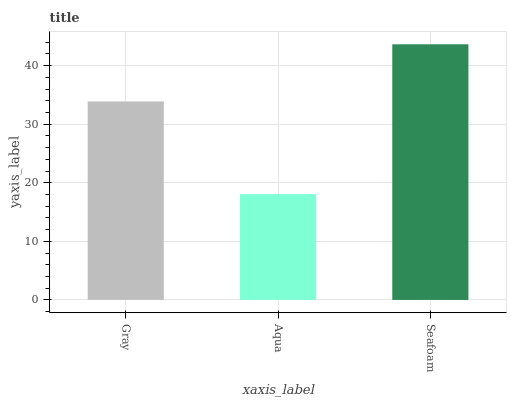
| xaxis_label | bars |
 | --- | --- |
 | Gray | 33.9 |
 | Aqua | 18.1 |
 | Seafoam | 43.6 |